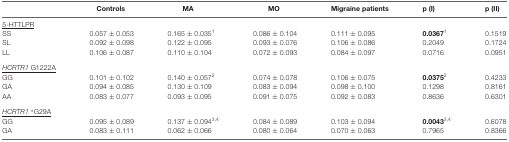
<table><thead><tr><td></td><td><b>Controls</b></td><td><b>MA</b></td><td><b>MO</b></td><td><b>Migraine patients</b></td><td><b>p (I)</b></td><td><b>p (II)</b></td></tr></thead><tbody><tr><td colspan="7"><underline>5-HTTLPR</underline></td></tr><tr><td>SS</td><td>0.057 ± 0.053</td><td>0.165 ± 0.035<sup>1</sup></td><td>0.086 ± 0.104</td><td>0.111 ± 0.095</td><td><b>0.0367</b><sup>1</sup></td><td>0.1519</td></tr><tr><td>SL</td><td>0.092 ± 0.098</td><td>0.122 ± 0.095</td><td>0.093 ± 0.076</td><td>0.106 ± 0.086</td><td>0.2049</td><td>0.1724</td></tr><tr><td>LL</td><td>0.106 ± 0.087</td><td>0.110 ± 0.104</td><td>0.072 ± 0.093</td><td>0.084 ± 0.097</td><td>0.0716</td><td>0.0951</td></tr><tr><td colspan="7"><underline><i>HCRTR1</i> G1222A</underline></td></tr><tr><td>GG</td><td>0.101 ± 0.102</td><td>0.140 ± 0.057<sup>2</sup></td><td>0.074 ± 0.078</td><td>0.106 ± 0.075</td><td><b>0.0375</b><sup>2</sup></td><td>0.4233</td></tr><tr><td>GA</td><td>0.094 ± 0.085</td><td>0.130 ± 0.109</td><td>0.083 ± 0.094</td><td>0.098 ± 0.100</td><td>0.1298</td><td>0.8161</td></tr><tr><td>AA</td><td>0.083 ± 0.077</td><td>0.093 ± 0.095</td><td>0.091 ± 0.075</td><td>0.092 ± 0.083</td><td>0.8636</td><td>0.6301</td></tr><tr><td colspan="7"><underline><i>HCRTR1</i> *</underline>G29A</td></tr><tr><td>GG</td><td>0.095 ± 0.089</td><td>0.137 ± 0.094<sup>3,4</sup></td><td>0.084 ± 0.089</td><td>0.103 ± 0.094</td><td><b>0.0043</b><sup>3,4</sup></td><td>0.6078</td></tr><tr><td>GA</td><td>0.083 ± 0.111</td><td>0.062 ± 0.066</td><td>0.080 ± 0.064</td><td>0.070 ± 0.063</td><td>0.7965</td><td>0.8366</td></tr></tbody></table>